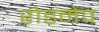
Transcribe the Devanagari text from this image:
रोडमेप